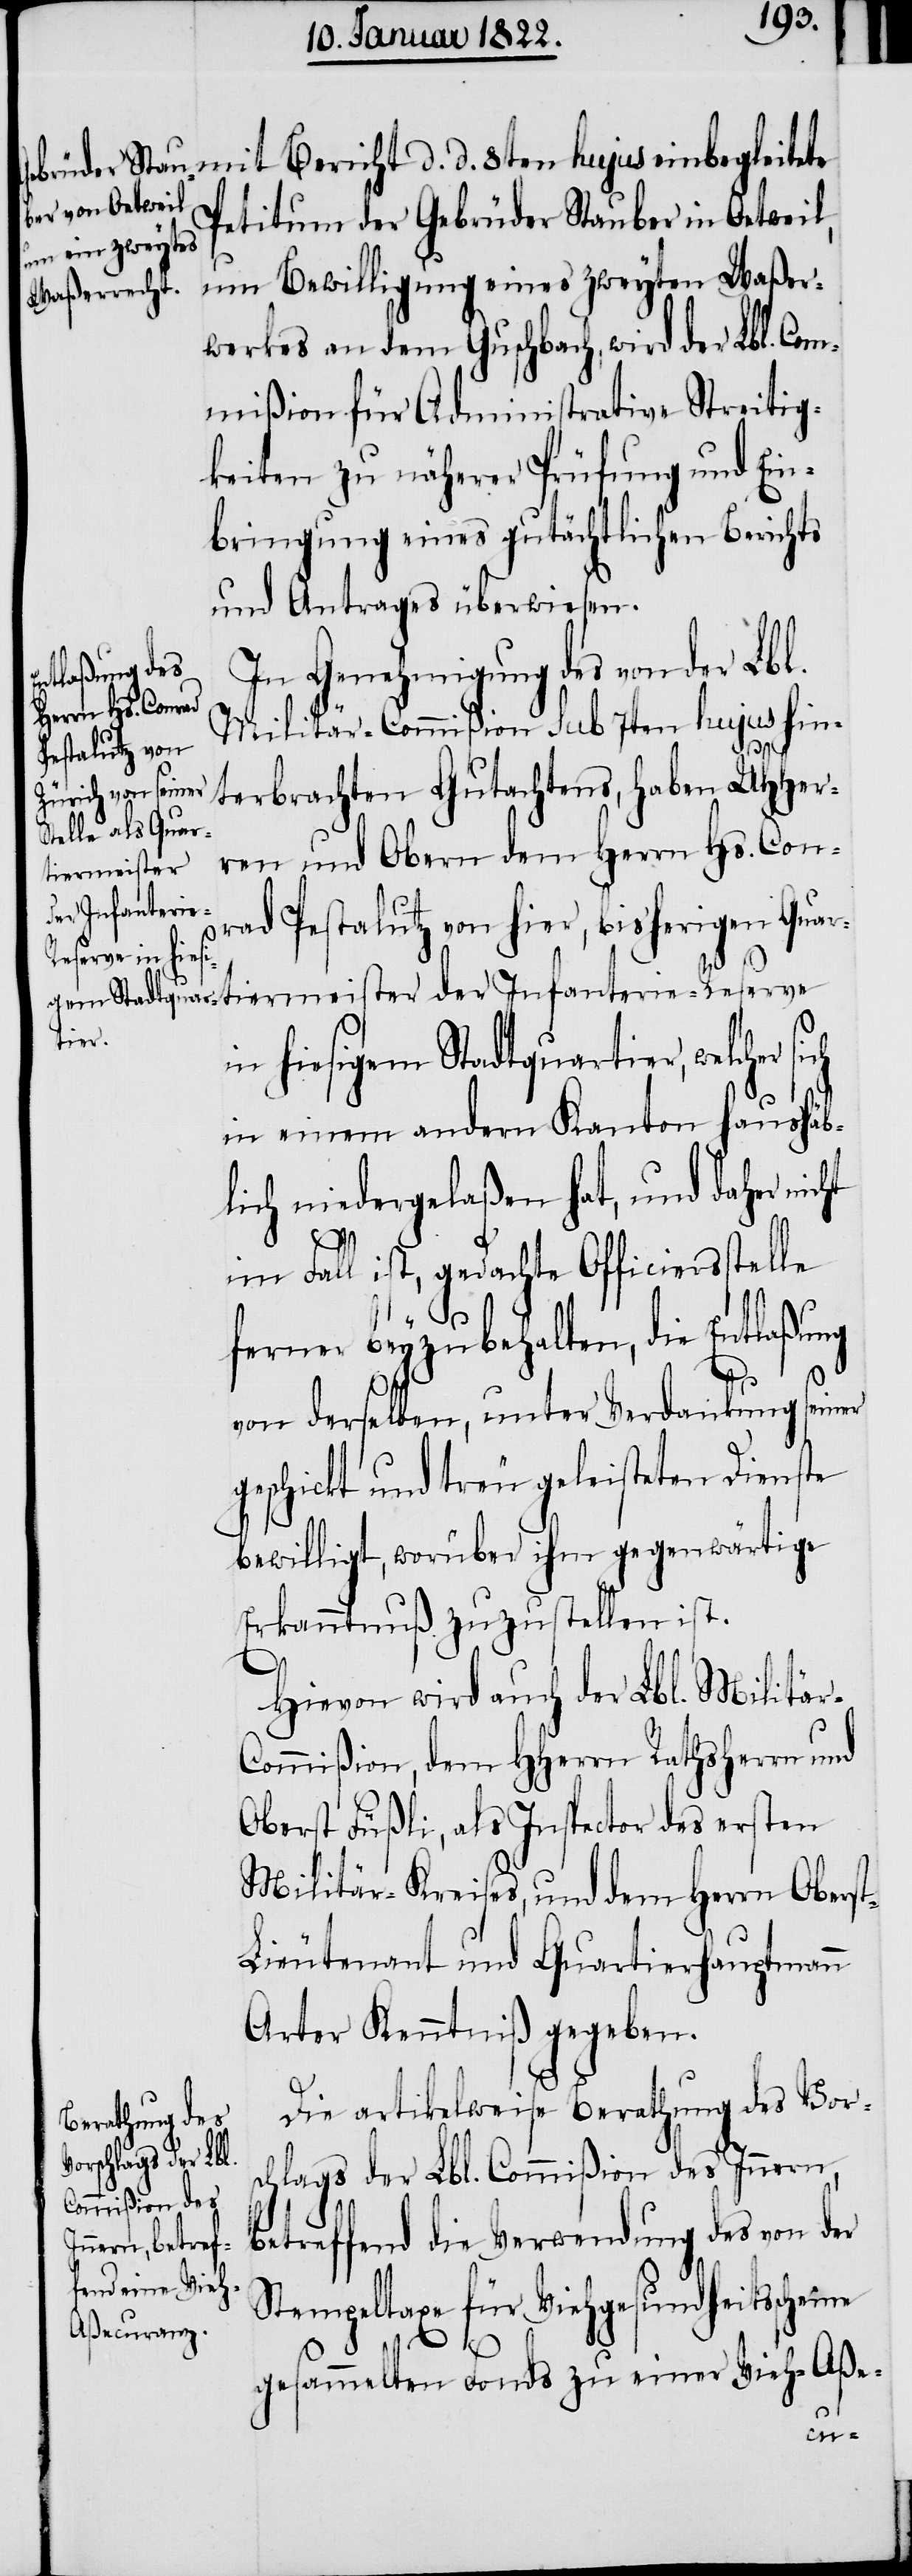
Petitum der Gebrüder Stauber in Oetweil,
um Bewilligung eines zweyten Waßer¬
werkes an dem Guschbach, wird der Lbl. Com¬
mißion für Administrative Streitig¬
keiten zu näherer Prüfung und Ein¬
bringung eines gutächtlichen Berichts
und Antrages überwiesen.
In Genehmigung des von der Lbl.
Militär-Commißion sub 7ten hujus hin¬
terbrachten Gutachtens, haben UHHer¬
ren und Obern dem Herrn Hs. Con¬
tiermeister
der Infanteri¬
rad Pestalutz von hier, bisherigen Quar¬
e-Reserve
in hiesigem Stadtquartier, welcher
in einem andern Kanton haushäb¬
lich niedergelaßen hat, und daher nic¬
ht
im Fall ist, gedachte Officiersstelle
ferner beyzubehalten, die Entlaßung
von derselben, unter Verdankung seiner
geschickt und treu geleisteten Dienste
bewilligt, worüber ihm gegenwärtige
Erkanntnuß zuzustellen ist.
Hievon wird auch der Lbl. Militär-C¬
ommißion, dem HHerrn Rathsherrn und
Oberst Füßli, als Inspector des ersten
Militär-Kreises, und dem Herrn Obers¬
t-Lieutenant und Quartierhauptmann
Arter Kenntniß gegeben.
Die artikelweise Berathung des Vors¬
chlags der Lbl. Commißion des Innern,
betreffend die Verwendung des von der
Stempeltaxe für Viehgesundheitsscheine
gesammelten Fonds zu einer Vieh-Aße-